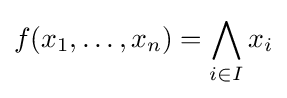
f(x_{1},\dots ,x_{n})=\bigwedge _{i\in I}x_{i}